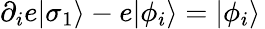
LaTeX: \partial_{i}e|\sigma_{1}\rangle-e|\phi_{i}\rangle=|\phi_{i}\rangle\,